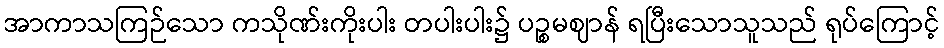
အာကာသကြဉ်သော ကသိုဏ်းကိုးပါး တပါးပါး၌ ပဉ္စမဈာန် ရပြီးသောသူသည် ရုပ်ကြောင့်